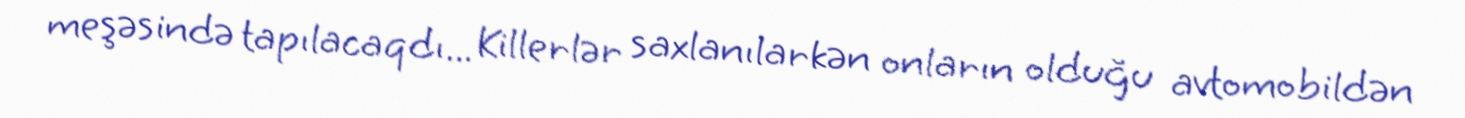
meşəsində tapılacaqdı... Killerlər saxlanılarkən onların olduğu avtomobildən